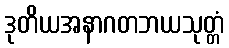
ဒုတိယအနာဂတဘယသုတ္တံ